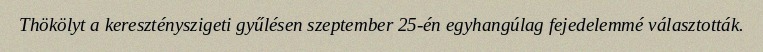
Thökölyt a keresztényszigeti gyűlésen szeptember 25-én egyhangúlag fejedelemmé választották.